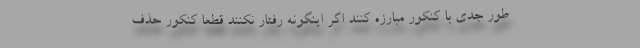
طور جدی با کنکور مبارزه کنند اگر اینگونه رفتار نکنند قطعاً کنکور حذف